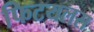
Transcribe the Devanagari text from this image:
फिटयलस